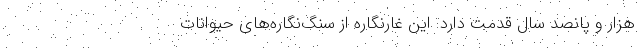
هزار و پانصد سال قدمت دارد. این غارنگاره از سنگ‌نگاره‌های حیوانات